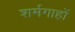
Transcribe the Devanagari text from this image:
शर्मगाहों